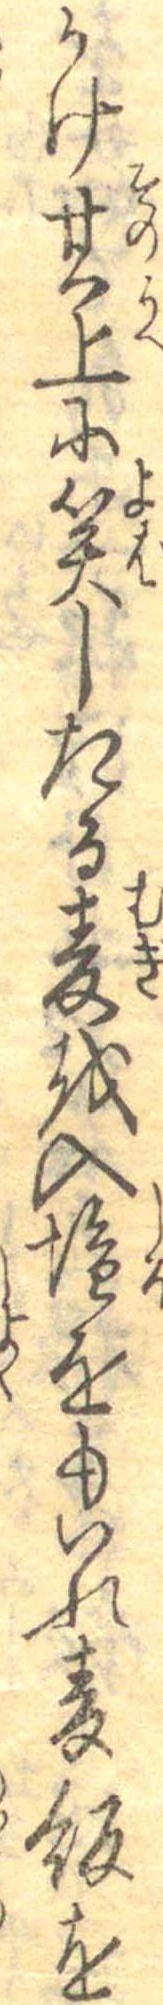
かけ其上に笑したる麦を入塩をもいれ麦飯を